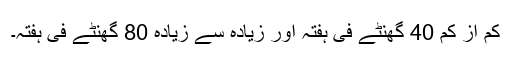
کم از کم 40 گھنٹے فی ہفتہ اور زیادہ سے زیادہ 80 گھنٹے فی ہفتہ۔